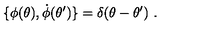
\{ \phi ( \theta ) , \dot { \phi } ( \theta ^ { \prime } ) \} = \delta ( \theta - \theta ^ { \prime } ) \ .